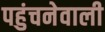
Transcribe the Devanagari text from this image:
पहुंचनेवाली